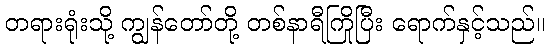
တရားရုံးသို့ ကျွန်တော်တို့ တစ်နာရီကြိုပြီး ရောက်နှင့်သည်။